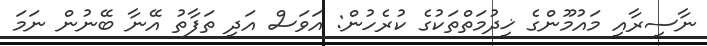
ނާސިރާއި މައުމޫންގެ ޚިދުމަތްތަކުގެ ކުރެހުން: އަވަސް އަދި ތަފާތު އޭނާ ބޭނުން ނަމަ